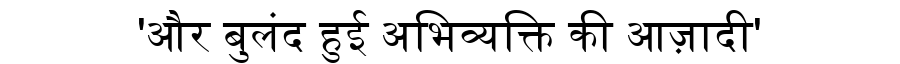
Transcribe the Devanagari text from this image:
'और बुलंद हुई अभिव्यक्ति की आज़ादी'